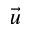
\vec { u }